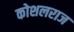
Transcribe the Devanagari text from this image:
कोशलराज